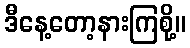
ဒီနေ့တော့နားကြစို့။